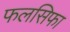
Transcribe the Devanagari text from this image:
फलसिफा